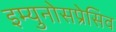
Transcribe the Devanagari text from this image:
इम्युनोसप्रेसिव